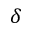
\delta